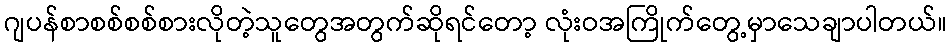
ဂျပန်စာစစ်စစ်စားလိုတဲ့သူတွေအတွက်ဆိုရင်တော့ လုံးဝအကြိုက်တွေ့မှာသေချာပါတယ်။